Civil Veterinary Department. Madras. Admin. report 1926-33 - 1926-1933
Year: 1926
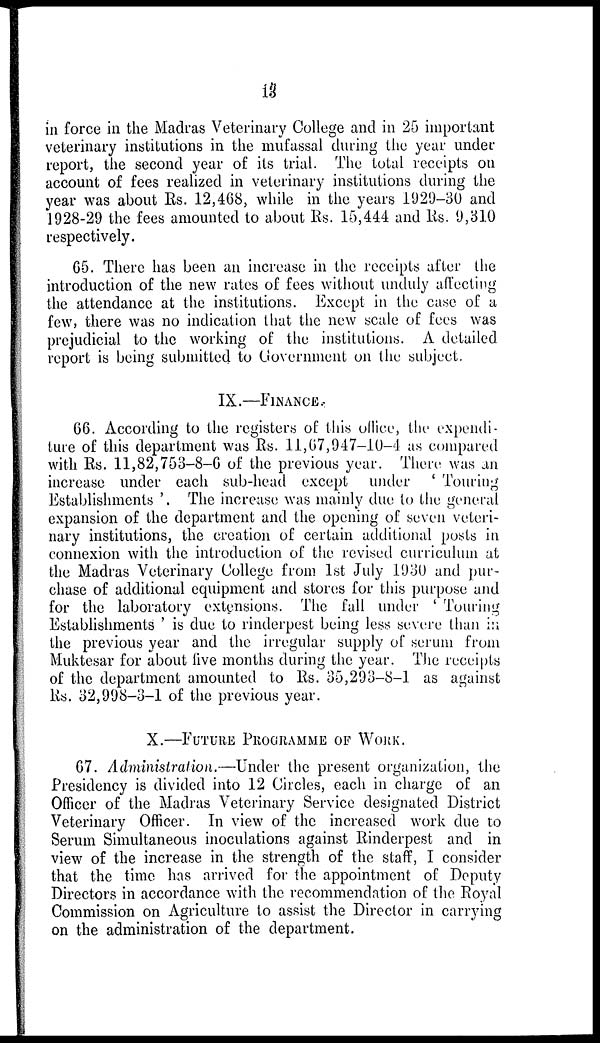
13
in force in the Madras Veterinary College and in 25 important
veterinary institutions in the mufassal during the year under
report, the second year of its trial. The total receipts on
account of fees realized in veterinary institutions during the
year was about Rs. 12,468, while in the years 1929-30 and
1928-29 the fees amounted to about Rs. 15,444 and Rs. 9,310
respectively.
65. There has been an increase in the receipts after the
introduction of the new rates of fees without unduly affecting
the attendance at the institutions. Except in the case of a
few, there was no indication that the new scale of fees was
prejudicial to the working of the institutions. A detailed
report is being submitted to Government on the subject.
IX.—FINANCE.
66. According to the registers of this office, the expendi-
ture of this department was Rs. 11,67,947-10-4 as compared
with Rs. 11,82,753-8-6 of the previous year. There was an
increase under each sub-head except under ' Touring
Establishments '. The increase was mainly due to the general
expansion of the department and the opening of seven veteri-
nary institutions, the creation of certain additional posts in
connexion with the introduction of the revised curriculum at
the Madras Veterinary College from 1st July 1930 and pur-
chase of additional equipment and stores for this purpose and
for the laboratory extensions. The fall under ' Touring
Establishments ' is due to rinderpest being less severe than in
the previous year and the irregular supply of serum from
Muktesar for about five months during the year. The receipts
of the department amounted to Rs. 35,293-8-1 as against
Rs. 32,998-3-1 of the previous year.
X.—FUTURE PROGRAMME OF WORK.
67. Administration.—Under the present organization, the
Presidency is divided into 12 Circles, each in charge of an
Officer of the Madras Veterinary Service designated District
Veterinary Officer. In view of the increased work due to
Serum Simultaneous inoculations against Rinderpest and in
view of the increase in the strength of the staff, I consider
that the time has arrived for the appointment of Deputy
Directors in accordance with the recommendation of the Royal
Commission on Agriculture to assist the Director in carrying
on the administration of the department.